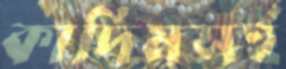
কাদিমসহ